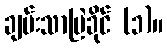
ချမ်းသာမြဲခိုင် (၁)။